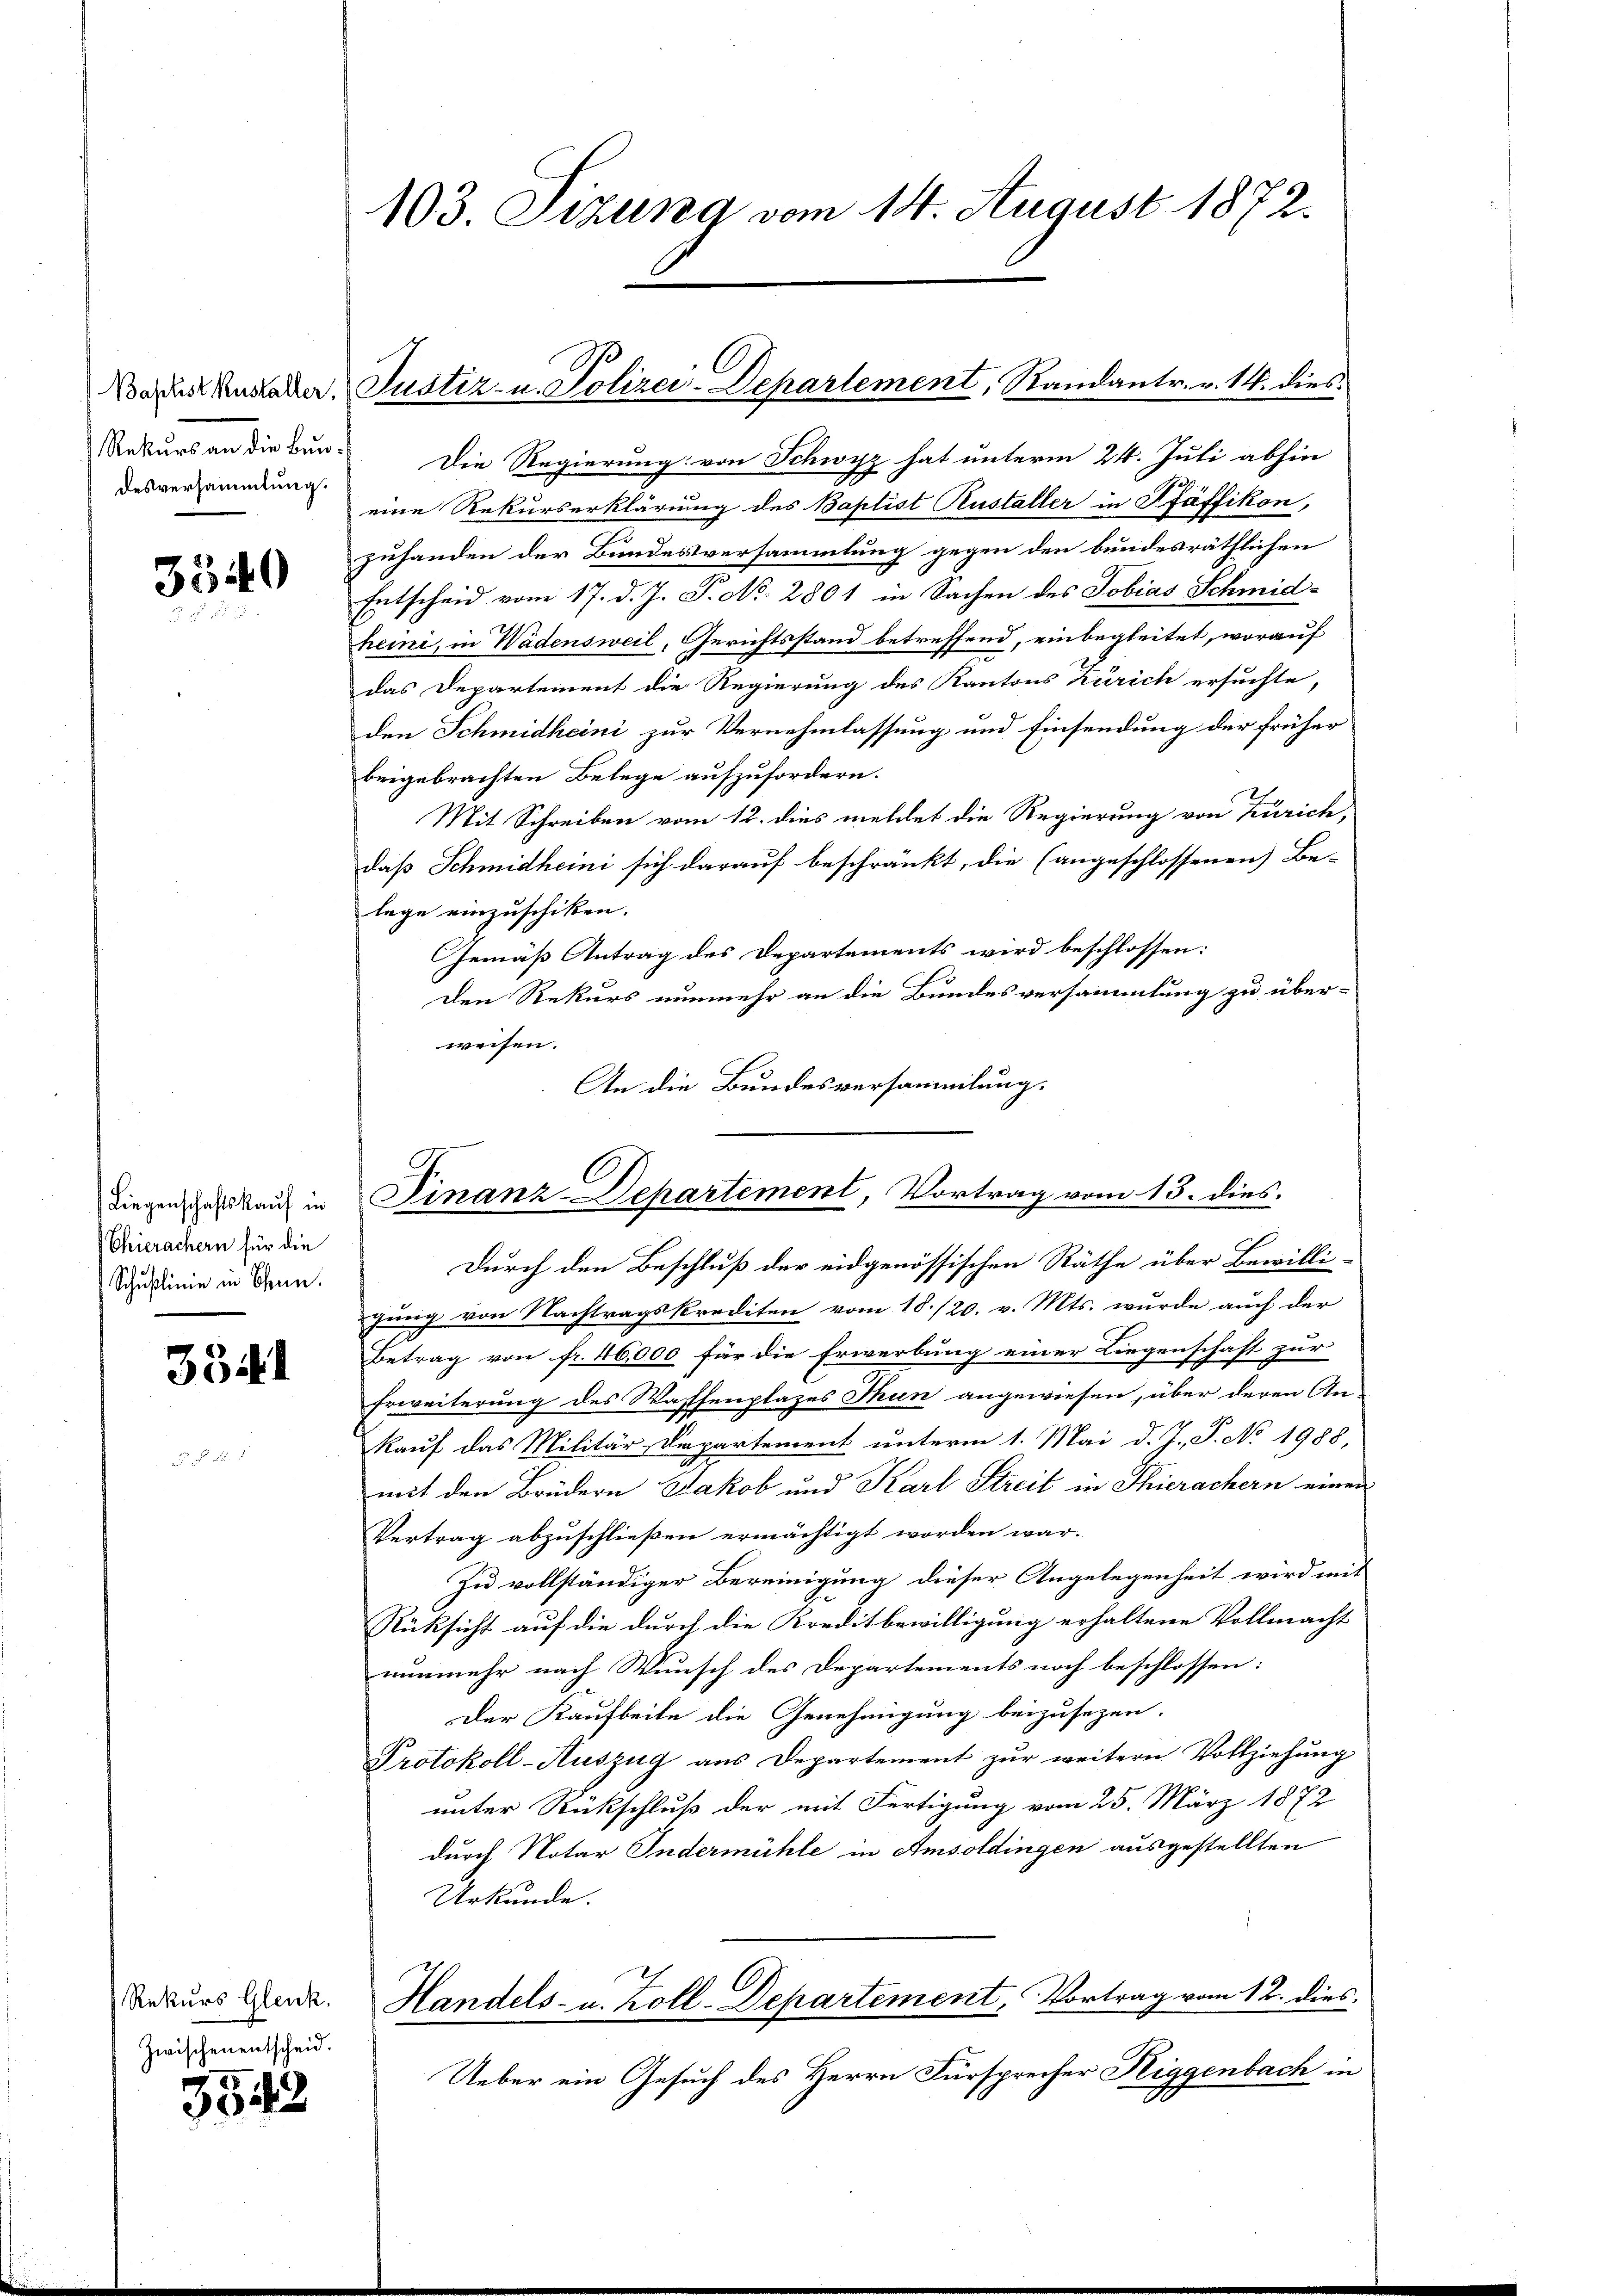
Rekurs an die Bur-
desversammlung.

3540

3341

Rekurs Glenk.
Zwischen entscheid.

3543

Liegenschaftskauf in
Chierachern für die
Schulinie in Chun.

103. Sizung vom 14. August 1872.

Mardes Ausladen. Justiz- u. Polizei-Departement, Randantr. v. 14. dies

Die Regierung von Schwyz hat unterm 24. Juli abhin
eine Rekurserklärung des Baptist Rustaller in Pfäffikon,
zuhanden der Bundesversammlung gegen den bundesräthlichen
Entscheid vom 17. d. J. P. No. 2801 in Sachen des Tobias Schmid-
heini, in Wädensweil, Gerichtsstand betreffend, einbegleitet, worauf
das Departement die Regierung des Kantons Zürich ersuchte,
den Schmidheini zur Vernehmlassung und Einsendung der früher
beigebrachten Belege aufzufordern.
Mit Schreiben vom 12. dies meldet die Regierung von Zürich,
daß Schmidheini sich darauf beschränkt, die (angeschlossenen Be-
lege einzuschiken.
Gemäß Antrag des Departements wird beschlossen:
Den Rekurs nunmehr an die Bundesversammlung zu über-
weisen.
An die Bundesversammlung.
Durch den Beschluß der eidgenössischen Räthe über Bewilligung von Nachtragskrediten vom 18./20. v. Mts. wurde auch der
Betrag von fr. 46,000 für die Erwerbung einer Liegenschaft zur
Erweiterung des Waffenplazes Thun angewiesen, über deren An-
kauf das Militär-Departement unterm 1. Mai d. J. P. No 1988,
mit den Brüdern Jakob und Karl Streit in Thierachern einen
Vertrag abzuschließen ermächtigt worden war.
Zu vollständiger Bereinigung dieser Angelegenheit wird mit
Rüksicht auf die durch die Kreditbewilligung erhaltene Vollmacht
nunmehr nach Wunsch des Departements noch beschlossen:
Der Kaufbeite die Genehmigung beizusezen.
Protokoll-Auszug aus Departement zur weitern Vollziehung
unter Rückschluß der mit Fertigung vom 25. März 1872
durch Notar Indermühle in Amsoldingen ausgestellten
Urkunde.
Handels- u. Zoll-Departement, Vortrag vom 12. dies
Ueber ein Gesuch des Herrn Fürsprecher Niggenbach in

C
Finanz-Departement, Vortrag vom 13. dies